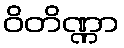
ဝိတိဏ္ဏာ